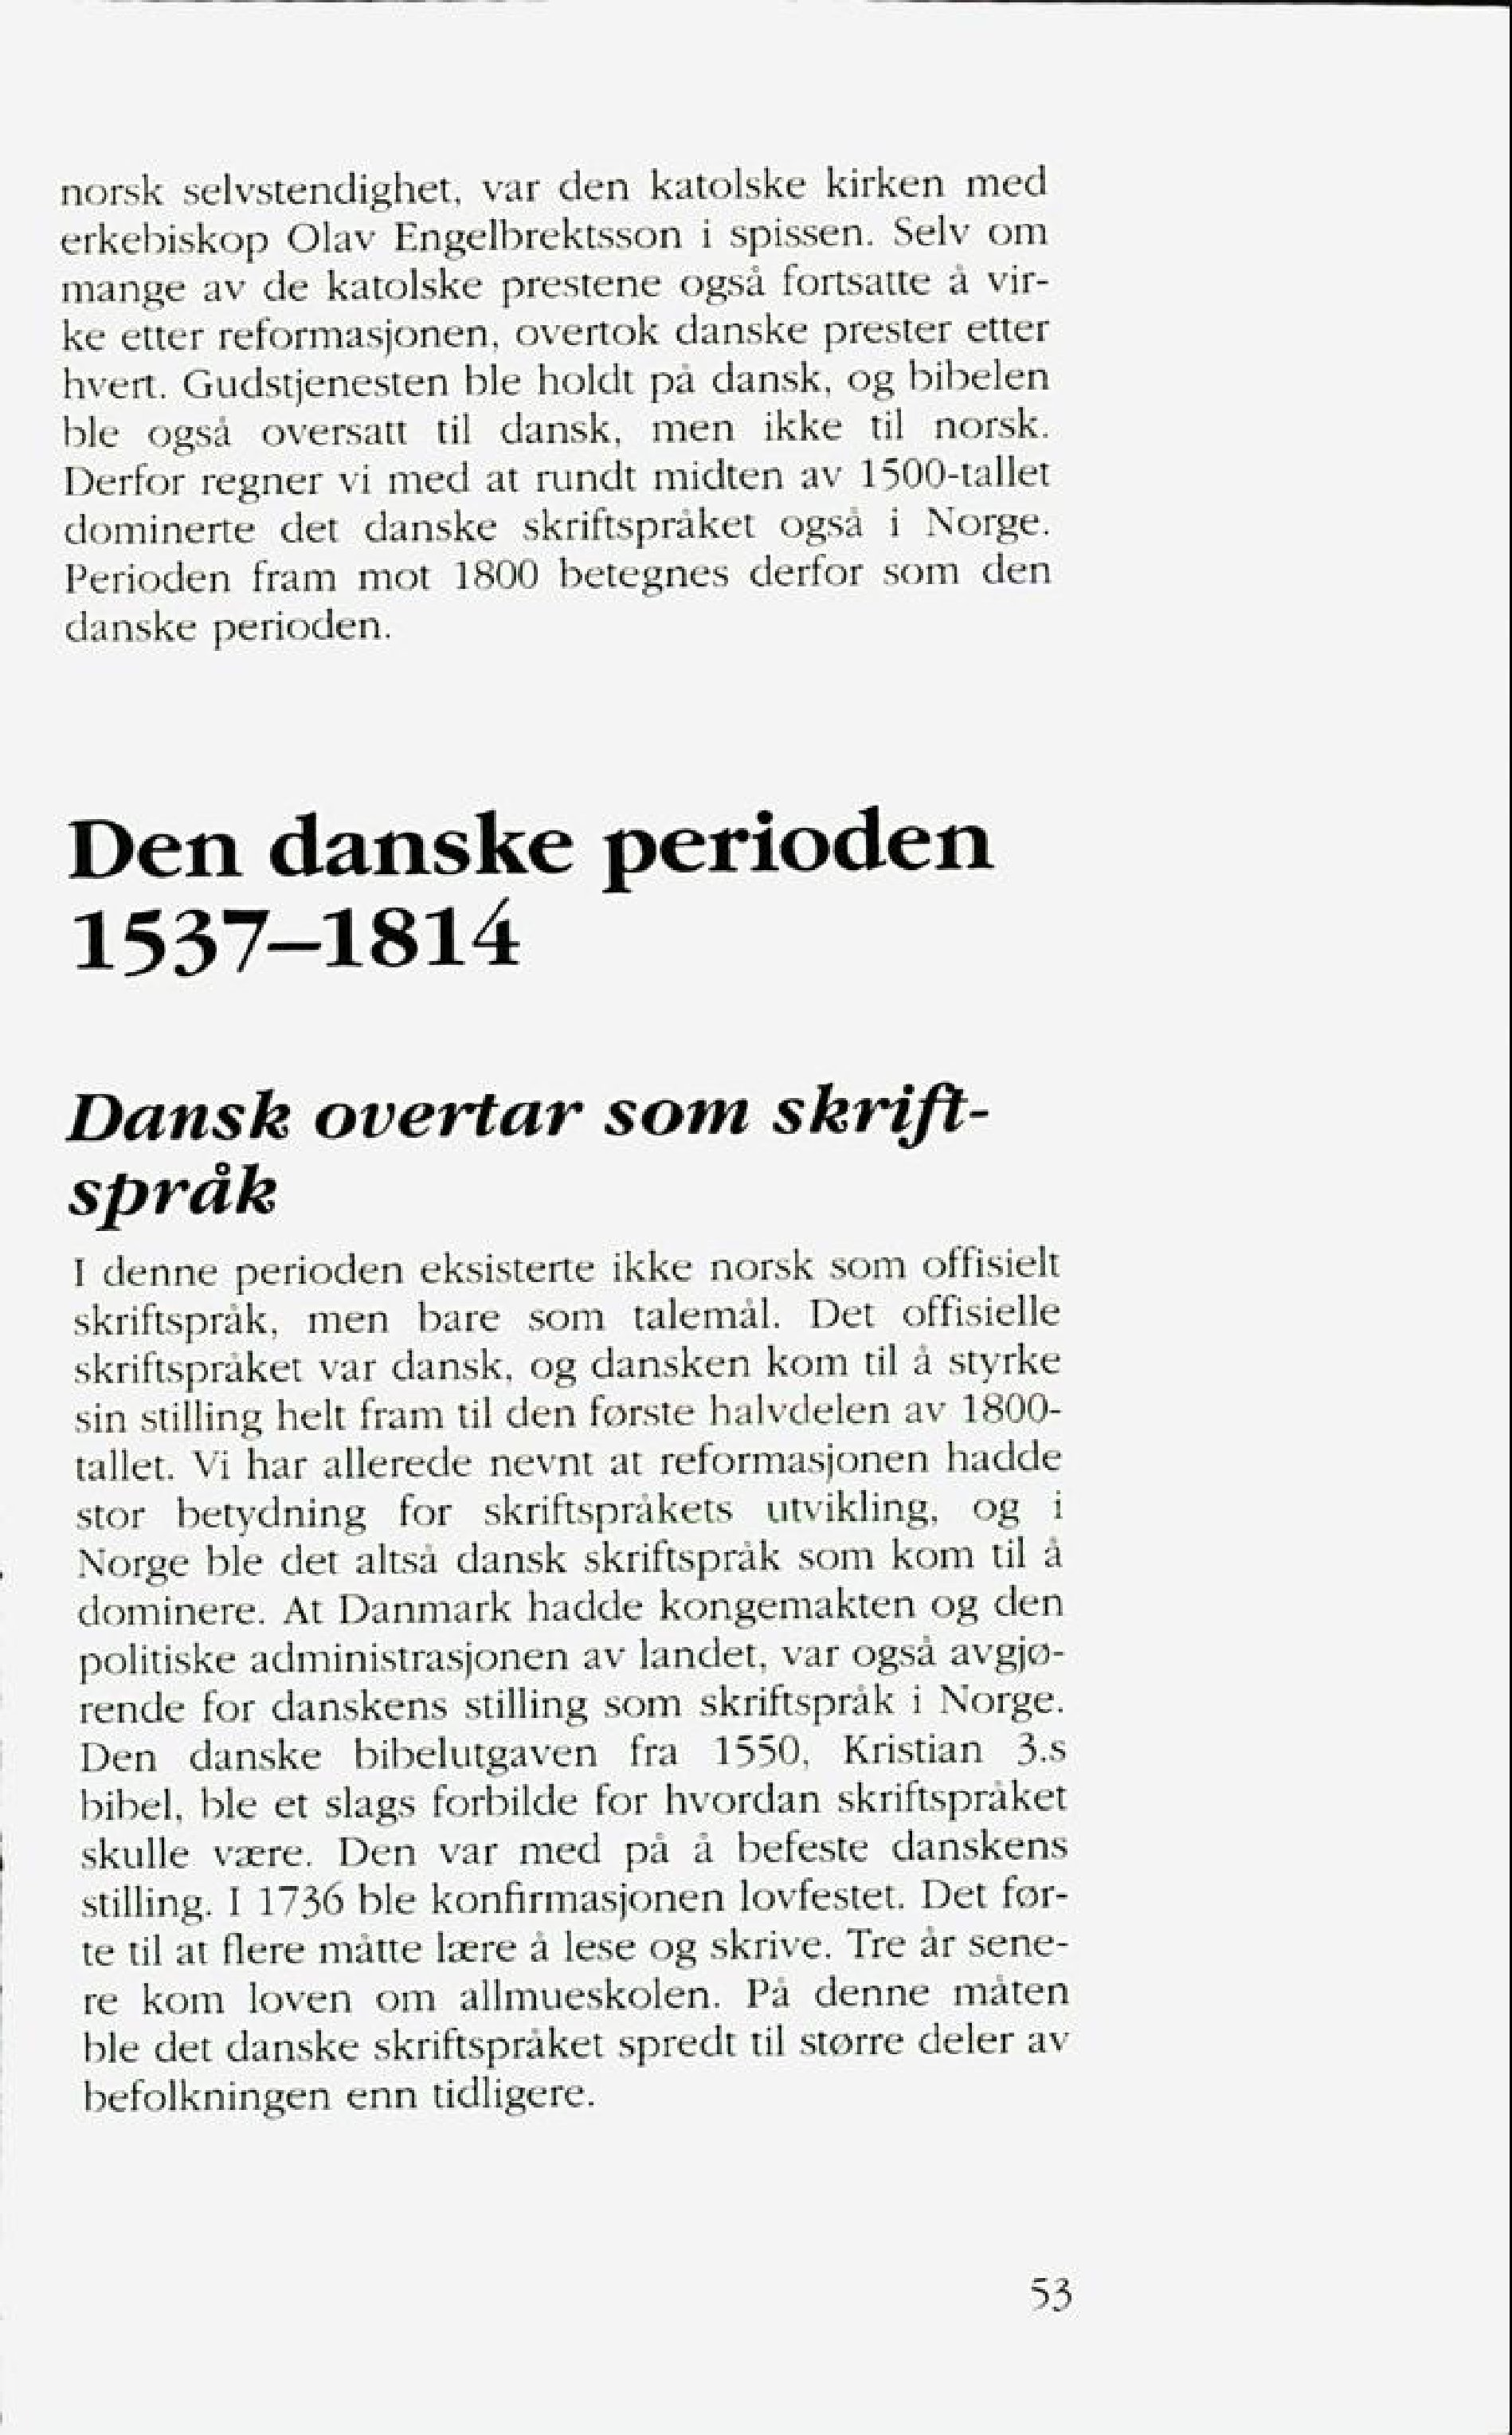
Language: no